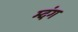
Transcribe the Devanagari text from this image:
म्दंग